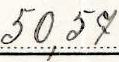
50,57